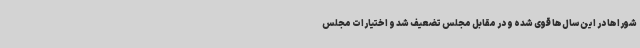
شوراها در این سال‌ها قوی شده و در مقابل مجلس تضعیف شد و اختیارات مجلس